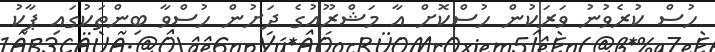
ހުސް ކުރެވުނު ވަރަކުން ހުސްކޮށް އާ މަޝްރޫއުގެ ދަށުން ހުސްވާ ބިންތަކުގައި ޕާކު